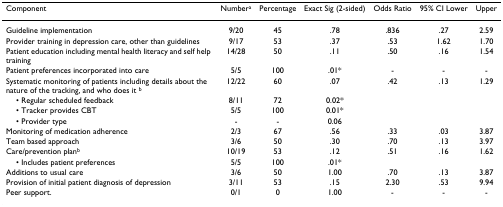
| Component | Numbera | Percentage | Exact Sig (2-sided) | Odds Ratio | 95% CI Lower | Upper |
 | --- | --- | --- | --- | --- | --- | --- |
 | Guideline implementation | 9/20 | 45 | .78 | .836 | .27 | 2.59 |
 | Provider training in depression care, other than guidelines | 9/17 | 53 | .37 | .53 | 1.62 | 1.70 |
 | Patient education including mental health literacy and self help training | 14/28 | 50 | .11 | .50 | .16 | 1.54 |
 | Patient preferences incorporated into care | 5/5 | 100 | .01* | - | - | - |
 | Systematic monitoring of patients including details about the nature of the tracking, and who does it b | 12/22 | 60 | .07 | .42 | .13 | 1.29 |
 | • Regular scheduled feedback | 8/11 | 72 | 0.02* |  |  |  |
 | • Tracker provides CBT | 5/5 | 100 | 0.01* |  |  |  |
 | • Provider type | - | - | 0.06 |  |  |  |
 | Monitoring of medication adherence | 2/3 | 67 | .56 | .33 | .03 | 3.87 |
 | Team based approach | 3/6 | 50 | .30 | .70 | .13 | 3.97 |
 | Care/prevention planb | 10/19 | 53 | .12 | .51 | .16 | 1.62 |
 | • Includes patient preferences | 5/5 | 100 | .01* |  |  |  |
 | Additions to usual care | 3/6 | 50 | 1.00 | .70 | .13 | 3.87 |
 | Provision of initial patient diagnosis of depression | 3/11 | 53 | .15 | 2.30 | .53 | 9.94 |
 | Peer support. | 0/1 | 0 | 1.00 | - | - | - |